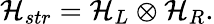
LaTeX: {\cal H}_{str}={\cal H}_{L}\otimes{\cal H}_{R}.